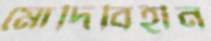
মোদিবিহীন